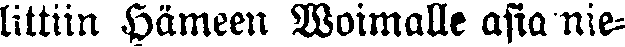
littiin Hämeen Woimalle asia nie-